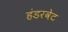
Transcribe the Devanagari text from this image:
हंडरवेट